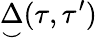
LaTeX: {\underset{\smile}{\Delta}}(\tau,\tau^{\prime})